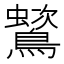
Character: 𪅵